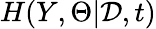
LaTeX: H(Y,\Theta|\mathcal{D},t)